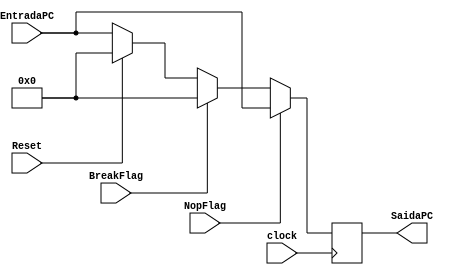
/*Program Counter do Processador*/

module ProgramCounter (clock, BreakFlag, NopFlag, Reset, EntradaPC, SaidaPC);
	//Flags para as aes de break de nop (sem operao)
	input NopFlag, BreakFlag;
	//Variveis para reset e sinal do clock
	input Reset, clock;
	//Entrada do Program Counter
	input [31:0] EntradaPC;
	//Sada do Program Counter
	output reg [31:0] SaidaPC;

	always @ (posedge clock) 
	begin
		//A sada recebe a entrada que j foi incrementada no Controle de Desvios
		SaidaPC <= EntradaPC;
		//Se o reset for solicitado, a sada  ressetada
		if (Reset == 1) SaidaPC <= 0;
		//Se  for "sem operao", a sada se mantm
		if (NopFlag==1) SaidaPC <= EntradaPC;
		//Se for solicitado a interrupo do sistema, o PC  reiniciado
		else if (BreakFlag == 1) SaidaPC <= 0;
	end
	
endmodule